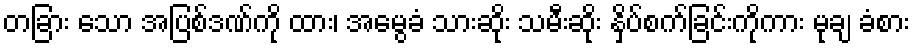
တခြား သော အပြစ်ဒဏ်ကို ထား၊ အမွေခံ သားဆိုး သမီးဆိုး နှိပ်စက်ခြင်းကိုကား မုချ ခံစား